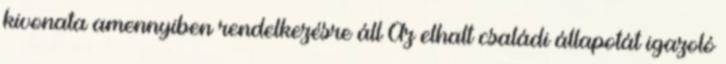
kivonata amennyiben rendelkezésre áll Az elhalt családi állapotát igazoló